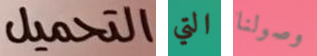
التحميل التي وصولنا